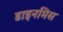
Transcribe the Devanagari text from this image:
डाइनमिस